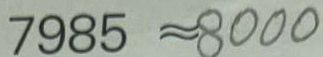
7 9 8 5 \approx 8 0 0 0